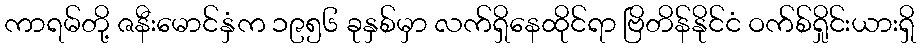
ကာရမ်တို့ ဇနီးမောင်နှံက ၁၉၅၆ ခုနှစ်မှာ လက်ရှိနေထိုင်ရာ ဗြိတိန်နိုင်ငံ ဝက်စ်ရှိုင်းယားရှိ